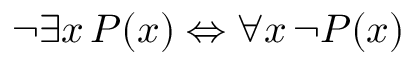
\lnot \exists x \, P ( x ) \Leftrightarrow \forall x \, \lnot P ( x )